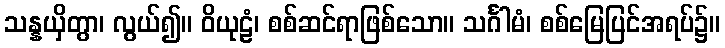
သန္နယှိတွာ၊ လွယ်၍။ ဝိယုဠံ၊ စစ်ဆင်ရာဖြစ်သော။ သင်္ဂါမံ၊ စစ်မြေပြင်အရပ်၌။